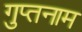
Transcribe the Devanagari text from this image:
गुप्तनाम